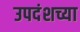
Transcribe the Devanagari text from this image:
उपदंशच्या